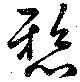
懸